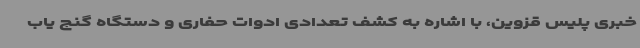
خبری پلیس قزوین، با اشاره به کشف تعدادی ادوات حفاری و دستگاه گنج یاب